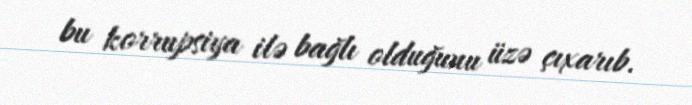
bu korrupsiya ilə bağlı olduğunu üzə çıxarıb.